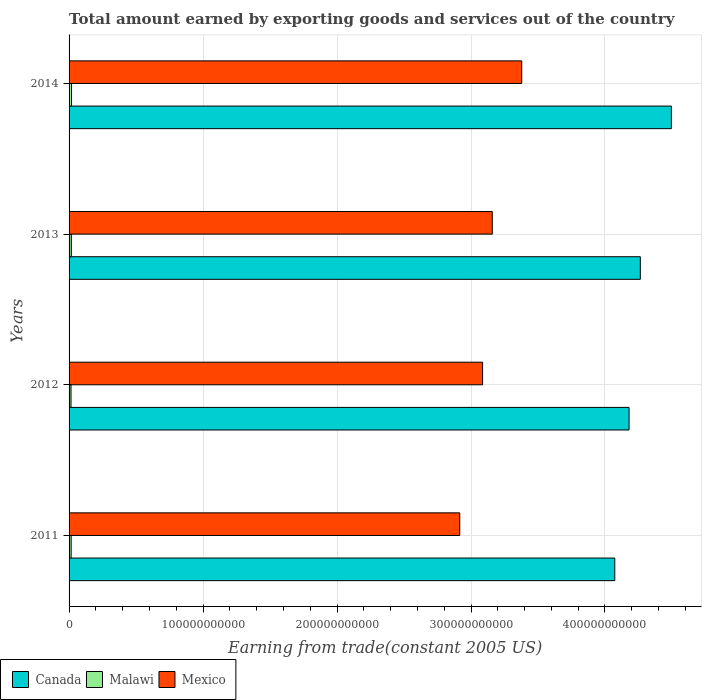
| Years | Canada | Malawi | Mexico |
 | --- | --- | --- | --- |
 | 2011 | 4.07e+11 | 1.54e+09 | 2.92e+11 |
 | 2012 | 4.18e+11 | 1.46e+09 | 3.09e+11 |
 | 2013 | 4.26e+11 | 1.69e+09 | 3.16e+11 |
 | 2014 | 4.5e+11 | 1.81e+09 | 3.38e+11 |